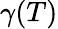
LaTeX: \gamma(T)